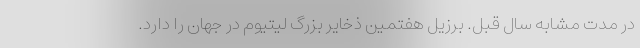
در مدت مشابه سال قبل. برزیل هفتمین ذخایر بزرگ لیتیوم در جهان را دارد.